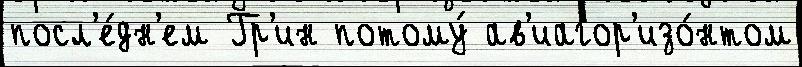
посл'е́дн'ем Гр'ин потому́ ав'иагор'изо́нтом